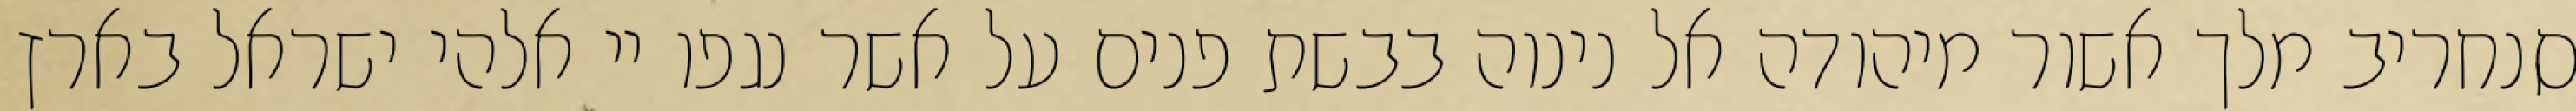
סנחריב מלך אשור מיהודה אל נינוה בבשת פנים על אשר נגפו יי אלהי ישראל בארץ